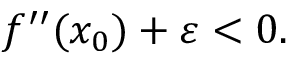
f ^ { \prime \prime } ( x _ { 0 } ) + \varepsilon < 0 .